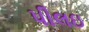
પીલઇ